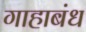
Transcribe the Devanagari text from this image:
गाहाबंध